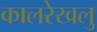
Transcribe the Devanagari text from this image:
कालरेखलु